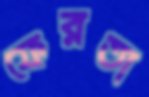
ফেরতা